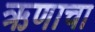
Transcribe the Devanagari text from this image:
ऋणाचा